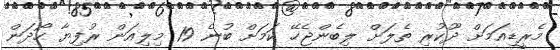
މެރީޑިއަމަށް ދޫކުރި ތެލަށް ލިބެންޖެހޭ ކަމަށް ބުނެ 19 މިލިއަން ރުފިޔާ ހޯދަން